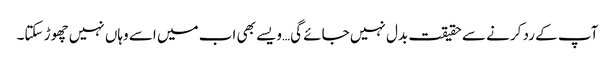
آپ کے رد کرنے سے حقیقت بدل نہیں جائے گی…ویسے بھی اب میں اسے وہاں نہیں چھوڑ سکتا۔